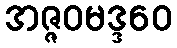
အဇ္ဇဝမဒ္ဒဝေ